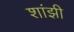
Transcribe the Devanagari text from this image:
शांझी